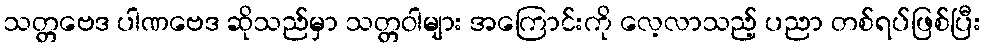
သတ္တဗေဒ ပါဏဗေဒ ဆိုသည်မှာ သတ္တဝါများ အကြောင်းကို လေ့လာသည့် ပညာ တစ်ရပ်ဖြစ်ပြီး